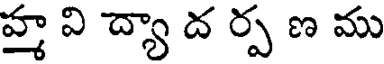
హ్త వి ద్యా ద ర్ప ణ ము